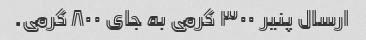
ارسال پنیر ٣٠٠ گرمی به جای ٨٠٠ گرمی.